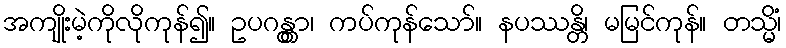
အကျိုးမဲ့ကိုလိုကုန်၍။ ဥပဂန္တွာ၊ ကပ်ကုန်သော်။ နပဿန္တိ၊ မမြင်ကုန်။ တသ္မိံ၊